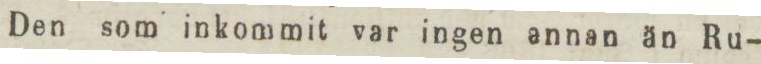
Den som inkommit var ingen annan än Ru-